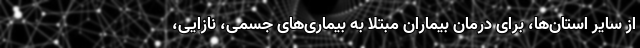
از سایر استان‌ها، برای درمان بیماران مبتلا به بیماری‌های جسمی، نازایی،